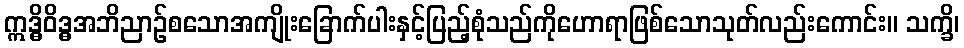
ဣဒ္ဓိဝိဒ္ဓအဘိညာဉ်စသောအကျိုးခြောက်ပါးနှင့်ပြည့်စုံသည်ကိုဟောရာဖြစ်သောသုတ်လည်းကောင်း။ သက္ခိ၊